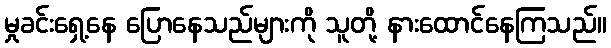
မှုခင်းရှေ့နေ ပြောနေသည်များကို သူတို့ နားထောင်နေကြသည်။